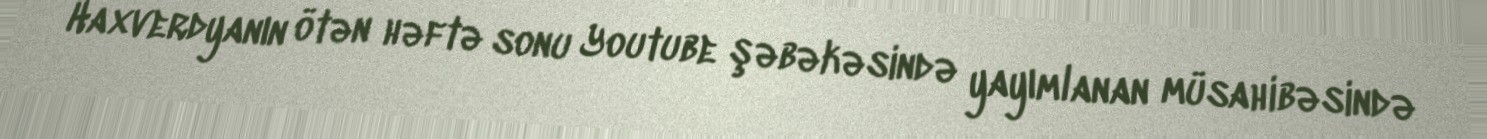
Haxverdyanın ötən həftə sonu Youtube şəbəkəsində yayımlanan müsahibəsində